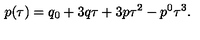
p ( \tau ) = q _ { 0 } + 3 q \tau + 3 p \tau ^ { 2 } - p ^ { 0 } \tau ^ { 3 } .